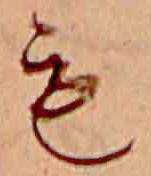
も